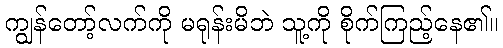
ကျွန်တော့်လက်ကို မရုန်းမိဘဲ သူ့ကို စိုက်ကြည့်နေ၏။